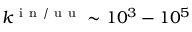
k ^ { \mathrm { ~ i ~ n ~ / ~ u ~ u ~ } } \sim 1 0 ^ { 3 } - 1 0 ^ { 5 }